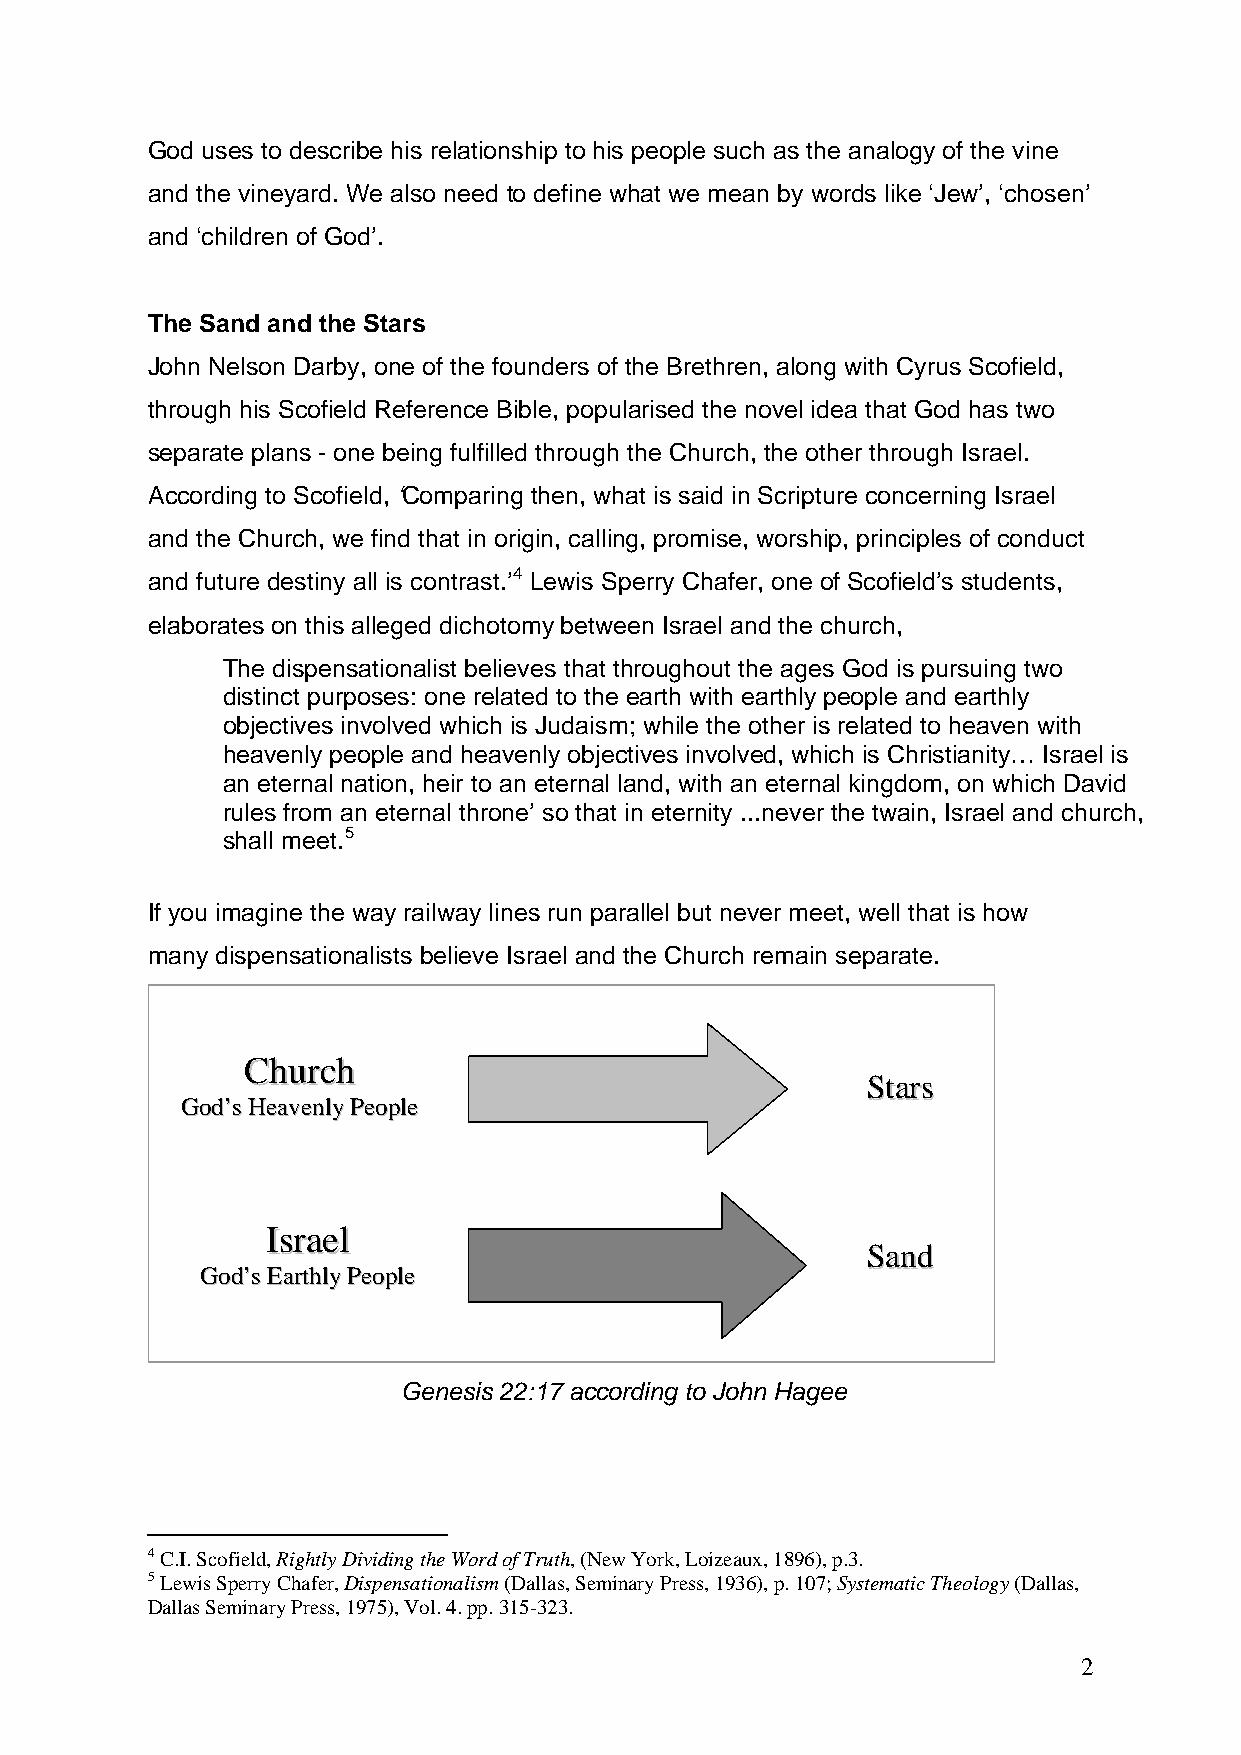
God uses to describe his relationship to his people such as the analogy of the vine
 and the vineyard. We also need to define what we mean by words like ‘Jew’, ‘chosen’
 and ‘children of God’.
 The Sand and the Stars
 John Nelson Darby, one of the founders of the Brethren, along with Cyrus Scofield,
 through his Scofield Reference Bible, popularised the novel idea that God has two
 separate plans - one being fulfilled through the Church, the other through Israel.
 According to Scofield, ‘Comparing then, what is said in Scripture concerning Israel
 and the Church, we find that in origin, calling, promise, worship, principles of conduct
 and future destiny all is contrast.’4 Lewis Sperry Chafer, one of Scofield’s students,
 elaborates on this alleged dichotomy between Israel and the church,
 The dispensationalist believes that throughout the ages God is pursuing two
 distinct purposes: one related to the earth with earthly people and earthly
 objectives involved which is Judaism; while the other is related to heaven with
 heavenly people and heavenly objectives involved, which is Christianity… Israel is
 an eternal nation, heir to an eternal land, with an eternal kingdom, on which David
 rules from an eternal throne’ so that in eternity ...never the twain, Israel and church,
 shall meet.5
 If you imagine the way railway lines run parallel but never meet, well that is how
 many dispensationalists believe Israel and the Church remain separate.
 CChhuurrcchh
 SSttaarrss
 GGoodd’’ss HHeeaavveennllyy PPeeooppllee
 IIssrraaeell
 SSaanndd
 GGoodd’’ss EEaarrtthhllyy PPeeooppllee
 Genesis 22:17 according to John Hagee
 4 C.I. Scofield, Rightly Dividing the Word of Truth, (New York, Loizeaux, 1896), p.3.
 5 Lewis Sperry Chafer, Dispensationalism (Dallas, Seminary Press, 1936), p. 107; Systematic Theology (Dallas,
 Dallas Seminary Press, 1975), Vol. 4. pp. 315-323.
 2